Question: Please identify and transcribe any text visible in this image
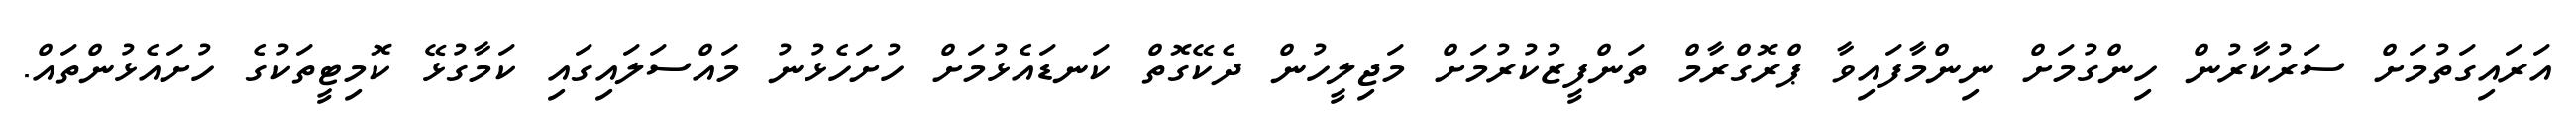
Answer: އަރައިގަތުމަށް ސަރުކާރުން ހިންގުމަށް ނިންމާފައިވާ ޕްރޮގްރާމް ތަންފީޒުކުރުމަށް މަޖިލީހުން ދެކޭގޮތް ކަނޑައެޅުމަށް ހުށަހެޅުނު މައްސަލައިގައި ކަމާގުޅޭ ކޮމިޓީތަކުގެ ހުށައެޅުންތައް.